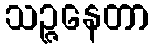
သဉ္ဇနေတာ